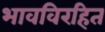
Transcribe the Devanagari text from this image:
भावविरहित